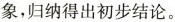
象，归纳得出初步结论。